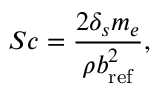
S c = { \frac { 2 \delta _ { s } m _ { e } } { \rho b _ { \mathrm { r e f } } ^ { 2 } } } ,